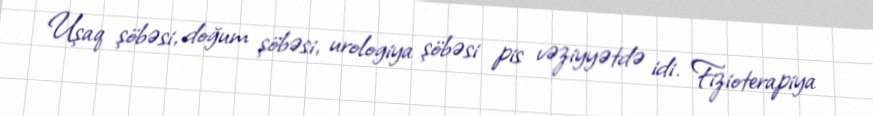
Uşaq şöbəsi, doğum şöbəsi, urologiya şöbəsi pis vəziyyətdə idi. Fizioterapiya